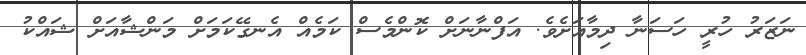
ނަޒަރު ހުރީ ހަސަނާ ދިމާއަށެވެ. އަފްނާނަށް ކޮންމެސް ކަމެއް އެނގޭކަމަށް މަންޝާއަށް ޝައްކު